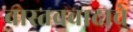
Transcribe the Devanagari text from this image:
वास्तववादाचे